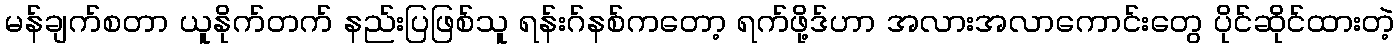
မန်ချက်စတာ ယူနိုက်တက် နည်းပြဖြစ်သူ ရန်းဂ်နစ်ကတော့ ရက်ဖို့ဒ်ဟာ အလားအလာကောင်းတွေ ပိုင်ဆိုင်ထားတဲ့